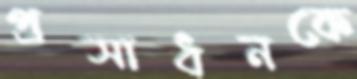
প্রসাধনকে